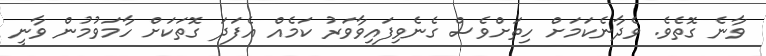
ވާނެ ގޮތެވެ. ވެދާނެކަމަށް ހިތަށްވެސް ގެނެވިފައިވާވަރު ކަމެއް އެފަދަ ގޮތަކަށް ހާމަވުމުން ވާނީ